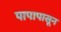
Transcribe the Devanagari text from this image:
पापापासून